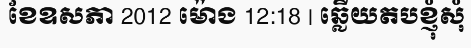
ខែឧសភា 2012 ម៉ោង 12:18 | ឆ្លើយតបខ្ញុំសុំ